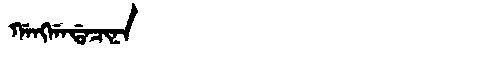
Manchu: ᡤᠠᠩᡤᠠᡩᠠᠴᡳᠨᠠ
Romanization: GANGGADACINA